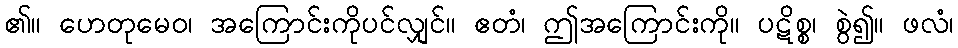
၏။ ဟေတုမေဝ၊ အကြောင်းကိုပင်လျှင်။ ဧတံ၊ ဤအကြောင်းကို။ ပဋိစ္စ၊ စွဲ၍။ ဖလံ၊